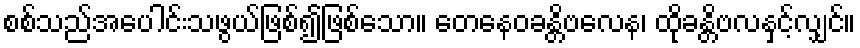
စစ်သည်အပေါင်းသဖွယ်ဖြစ်၍ဖြစ်သော။ တေနေဝခန္တိဗလေန၊ ထိုခန္တိဗလနှင့်လျှင်။